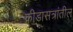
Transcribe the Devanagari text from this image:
क्रीडासत्रांतील